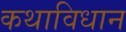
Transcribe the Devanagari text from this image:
कथाविधान